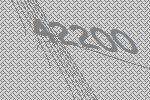
42200